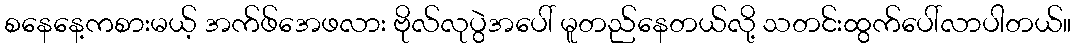
စနေနေ့ကစားမယ့် အက်ဖ်အေဖလား ဗိုလ်လုပွဲအပေါ် မူတည်နေတယ်လို့ သတင်းထွက်ပေါ်လာပါတယ်။